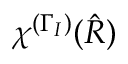
\chi ^ { ( \Gamma _ { I } ) } ( \hat { R } )